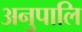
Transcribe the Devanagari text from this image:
अनुपालि